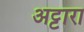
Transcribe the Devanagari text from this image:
अट्टारा